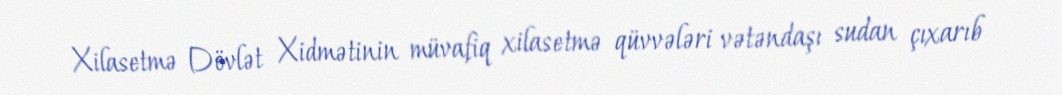
Xilasetmə Dövlət Xidmətinin müvafiq xilasetmə qüvvələri vətəndaşı sudan çıxarıb